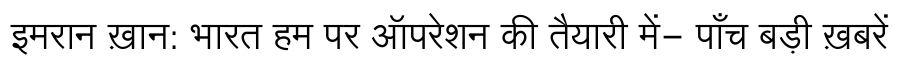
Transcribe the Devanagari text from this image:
इमरान ख़ान: भारत हम पर ऑपरेशन की तैयारी में- पाँच बड़ी ख़बरें